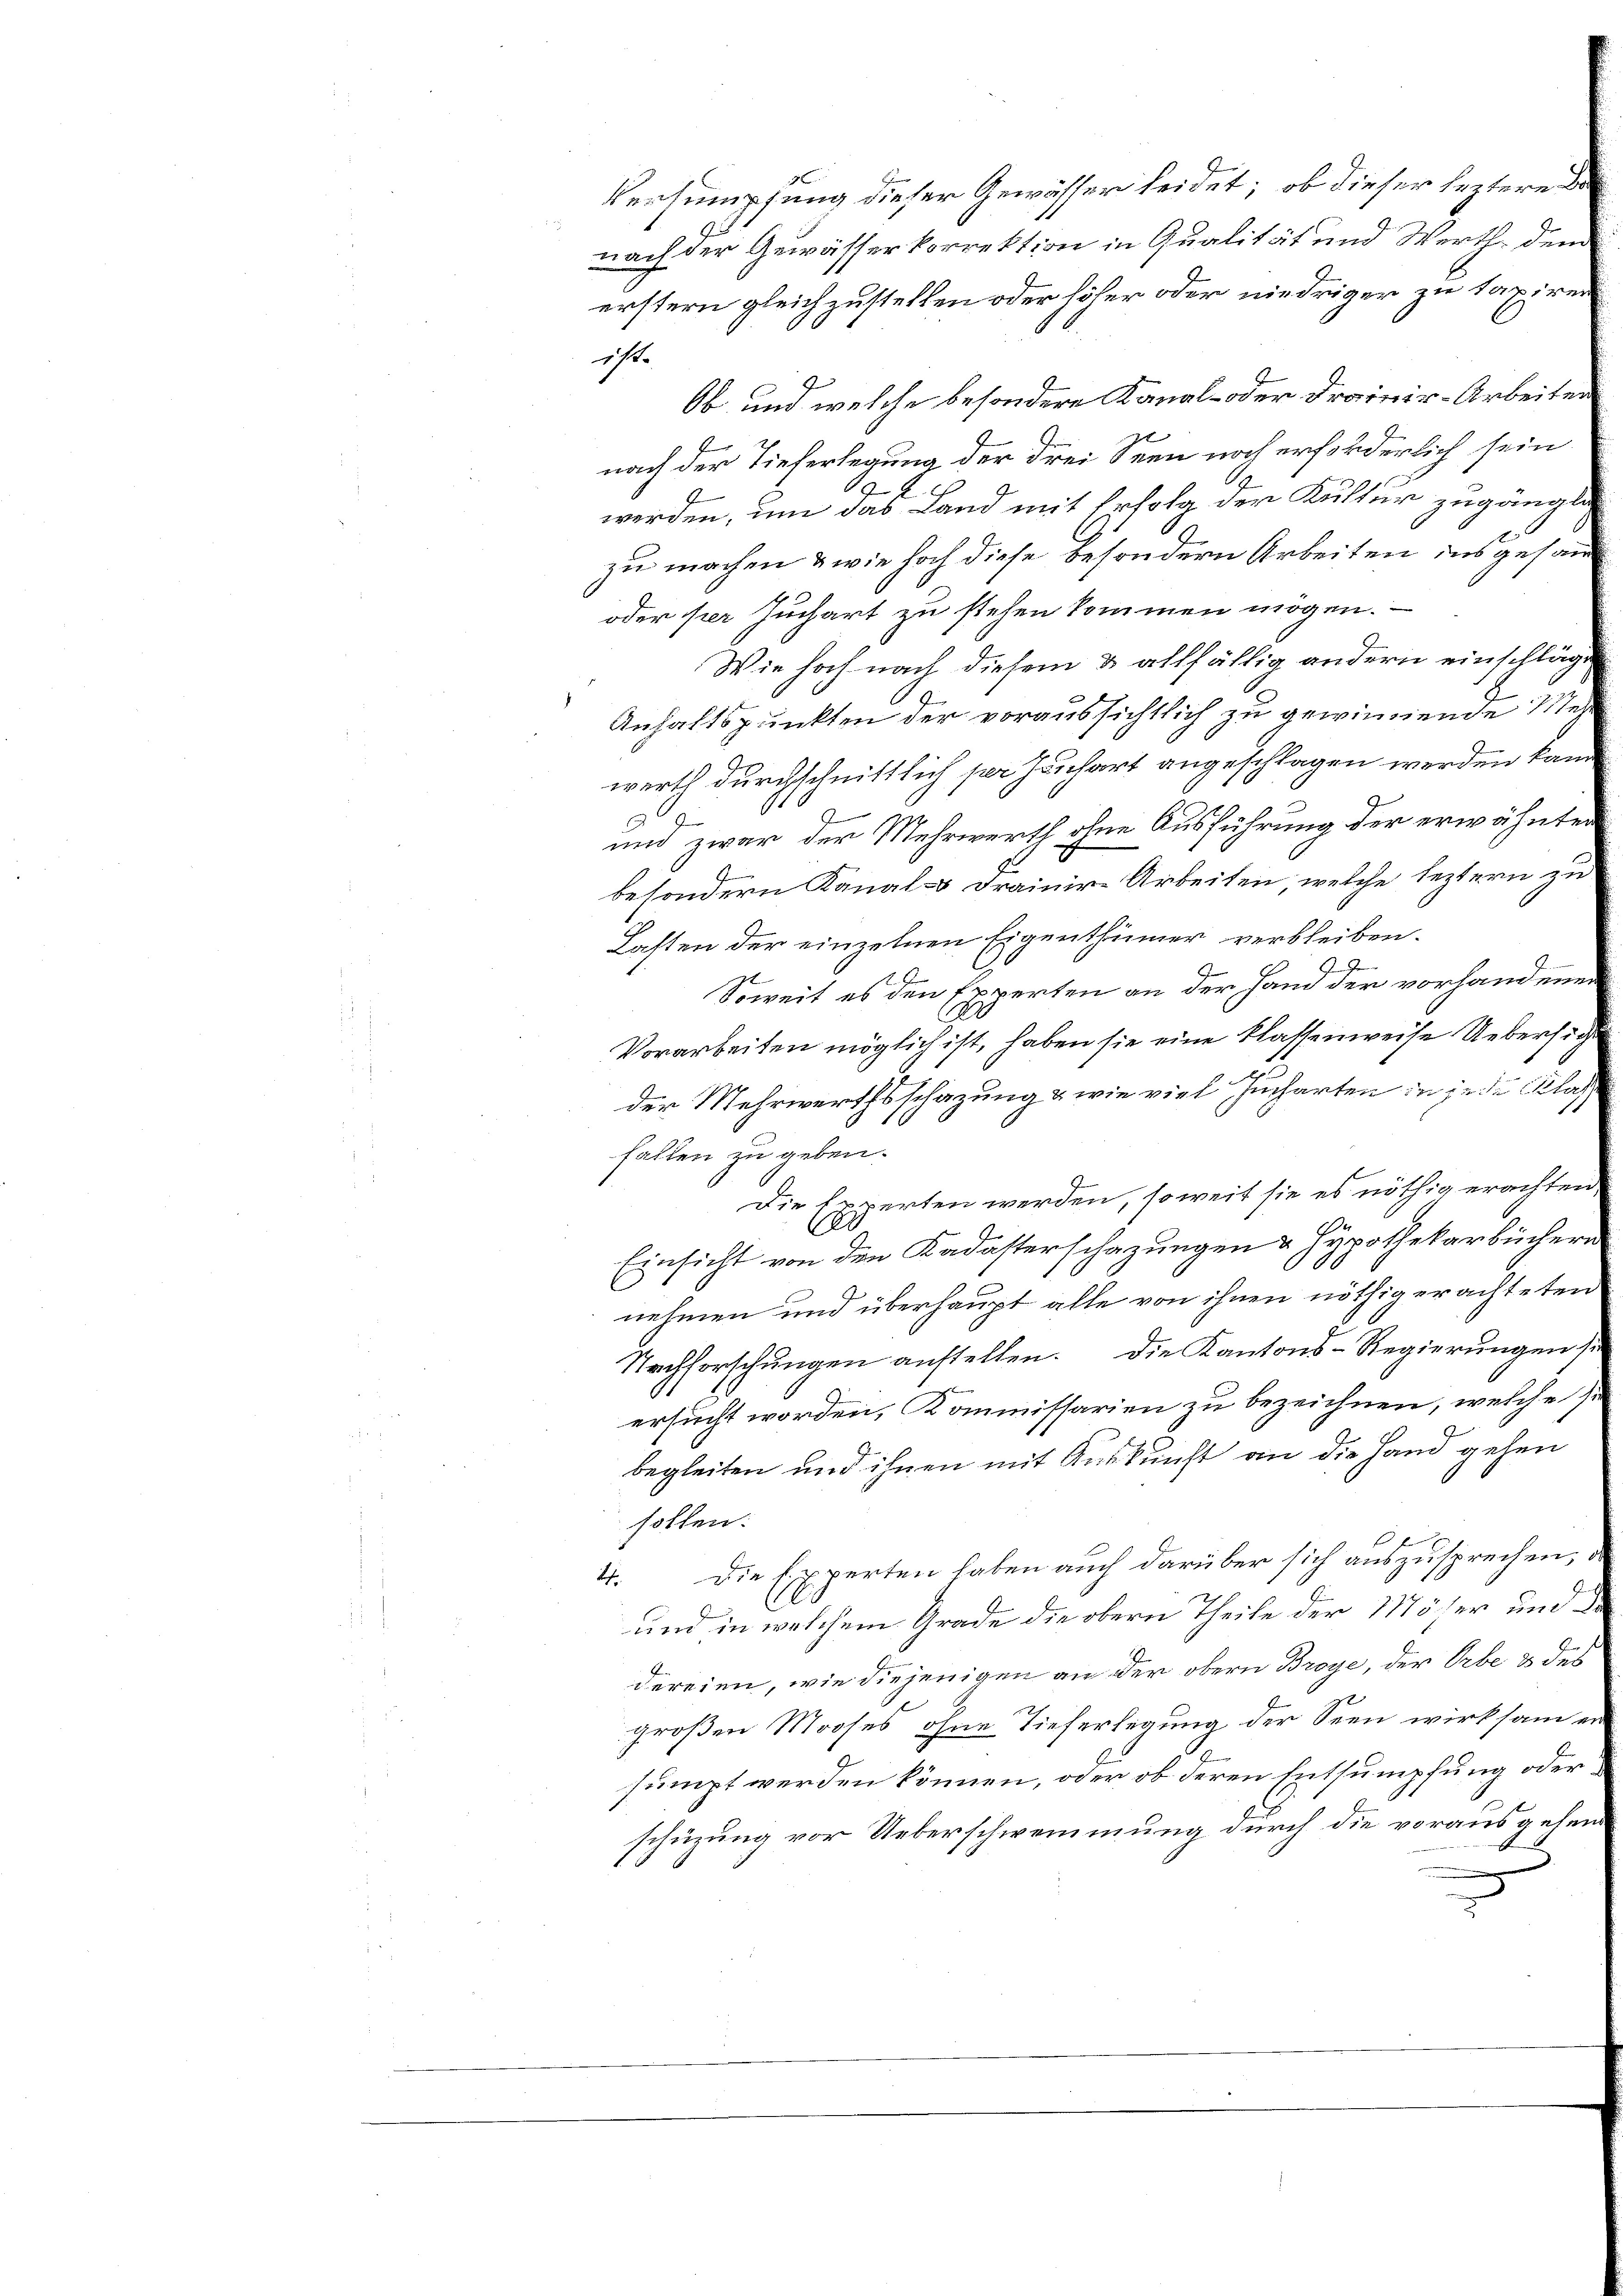
Versumpfung dieser Gewässer leidet; ob dieser leztere
nach der Gewässerkorrektion in Qualität und Werth dem
erstern gleichzustellen oder höher oder niedriger zu taxiren
st.
Ob, und welche besondere Kanal- oder Drainir-Arbeiten
nach der Tieferlegung der drei Seen noch erforderlich sein
x
.
werden, um das Land mit Erfolg der Kultur zugängli
zu machen & wie hoch diese besondern Arbeiten ins gesam
oder per Juchart zu stehen kommen mögen.
Wie hoch nach diesem & allfällig andern einschläge
Anhaltspunkten der voraussichtlich zu gewinnende Mehr
werth durchschnittlich per Juchart angeschlagen werden kann
1
und zwar der Mehrwerth ohne Ausführung der erwähnten
z
.
besondern Kanal drainire Arbeiten, welche leztern zu
Lasten der einzelnen Eigenthümer verbleiben.
Soweit es den Experten an der Hand der vorhandenen
Vorarbeiten möglich ist, haben sie eine klassenweise Uebersic
der Mehrwerthsschazung & wie viel Jucharten in jede Klas
fallen zu geben.
Die Erwerten werden, so weit sie es nöthig erachten
2
C
Einsicht von den Kadasterschazungen & Hypothekarbüchern
nehmen und überhaupt alle von ihnen nöthig erachteten
Nachforschŭngen anstellen. Die Kantons-Regierŭngen s
ersucht worden, Kommissarien zu bezeichnen, welche Z.
begleiten und ihnen mit Auskunft an die Hand gehen
holfen.
Die Experten haben auch darüber sich auszusprechen,
2
und in welchem Grade die obern Theile der 117öser und
dereien, wie diejenigen an der obern Broye, der Orbe & des
großen Mooses, ohne Tieferlegung der Seen wirksam er
sumpt werden können, oder ob deren Entsumpfung oderschüzung vor Ueberschwemmung durch die vorausgehen